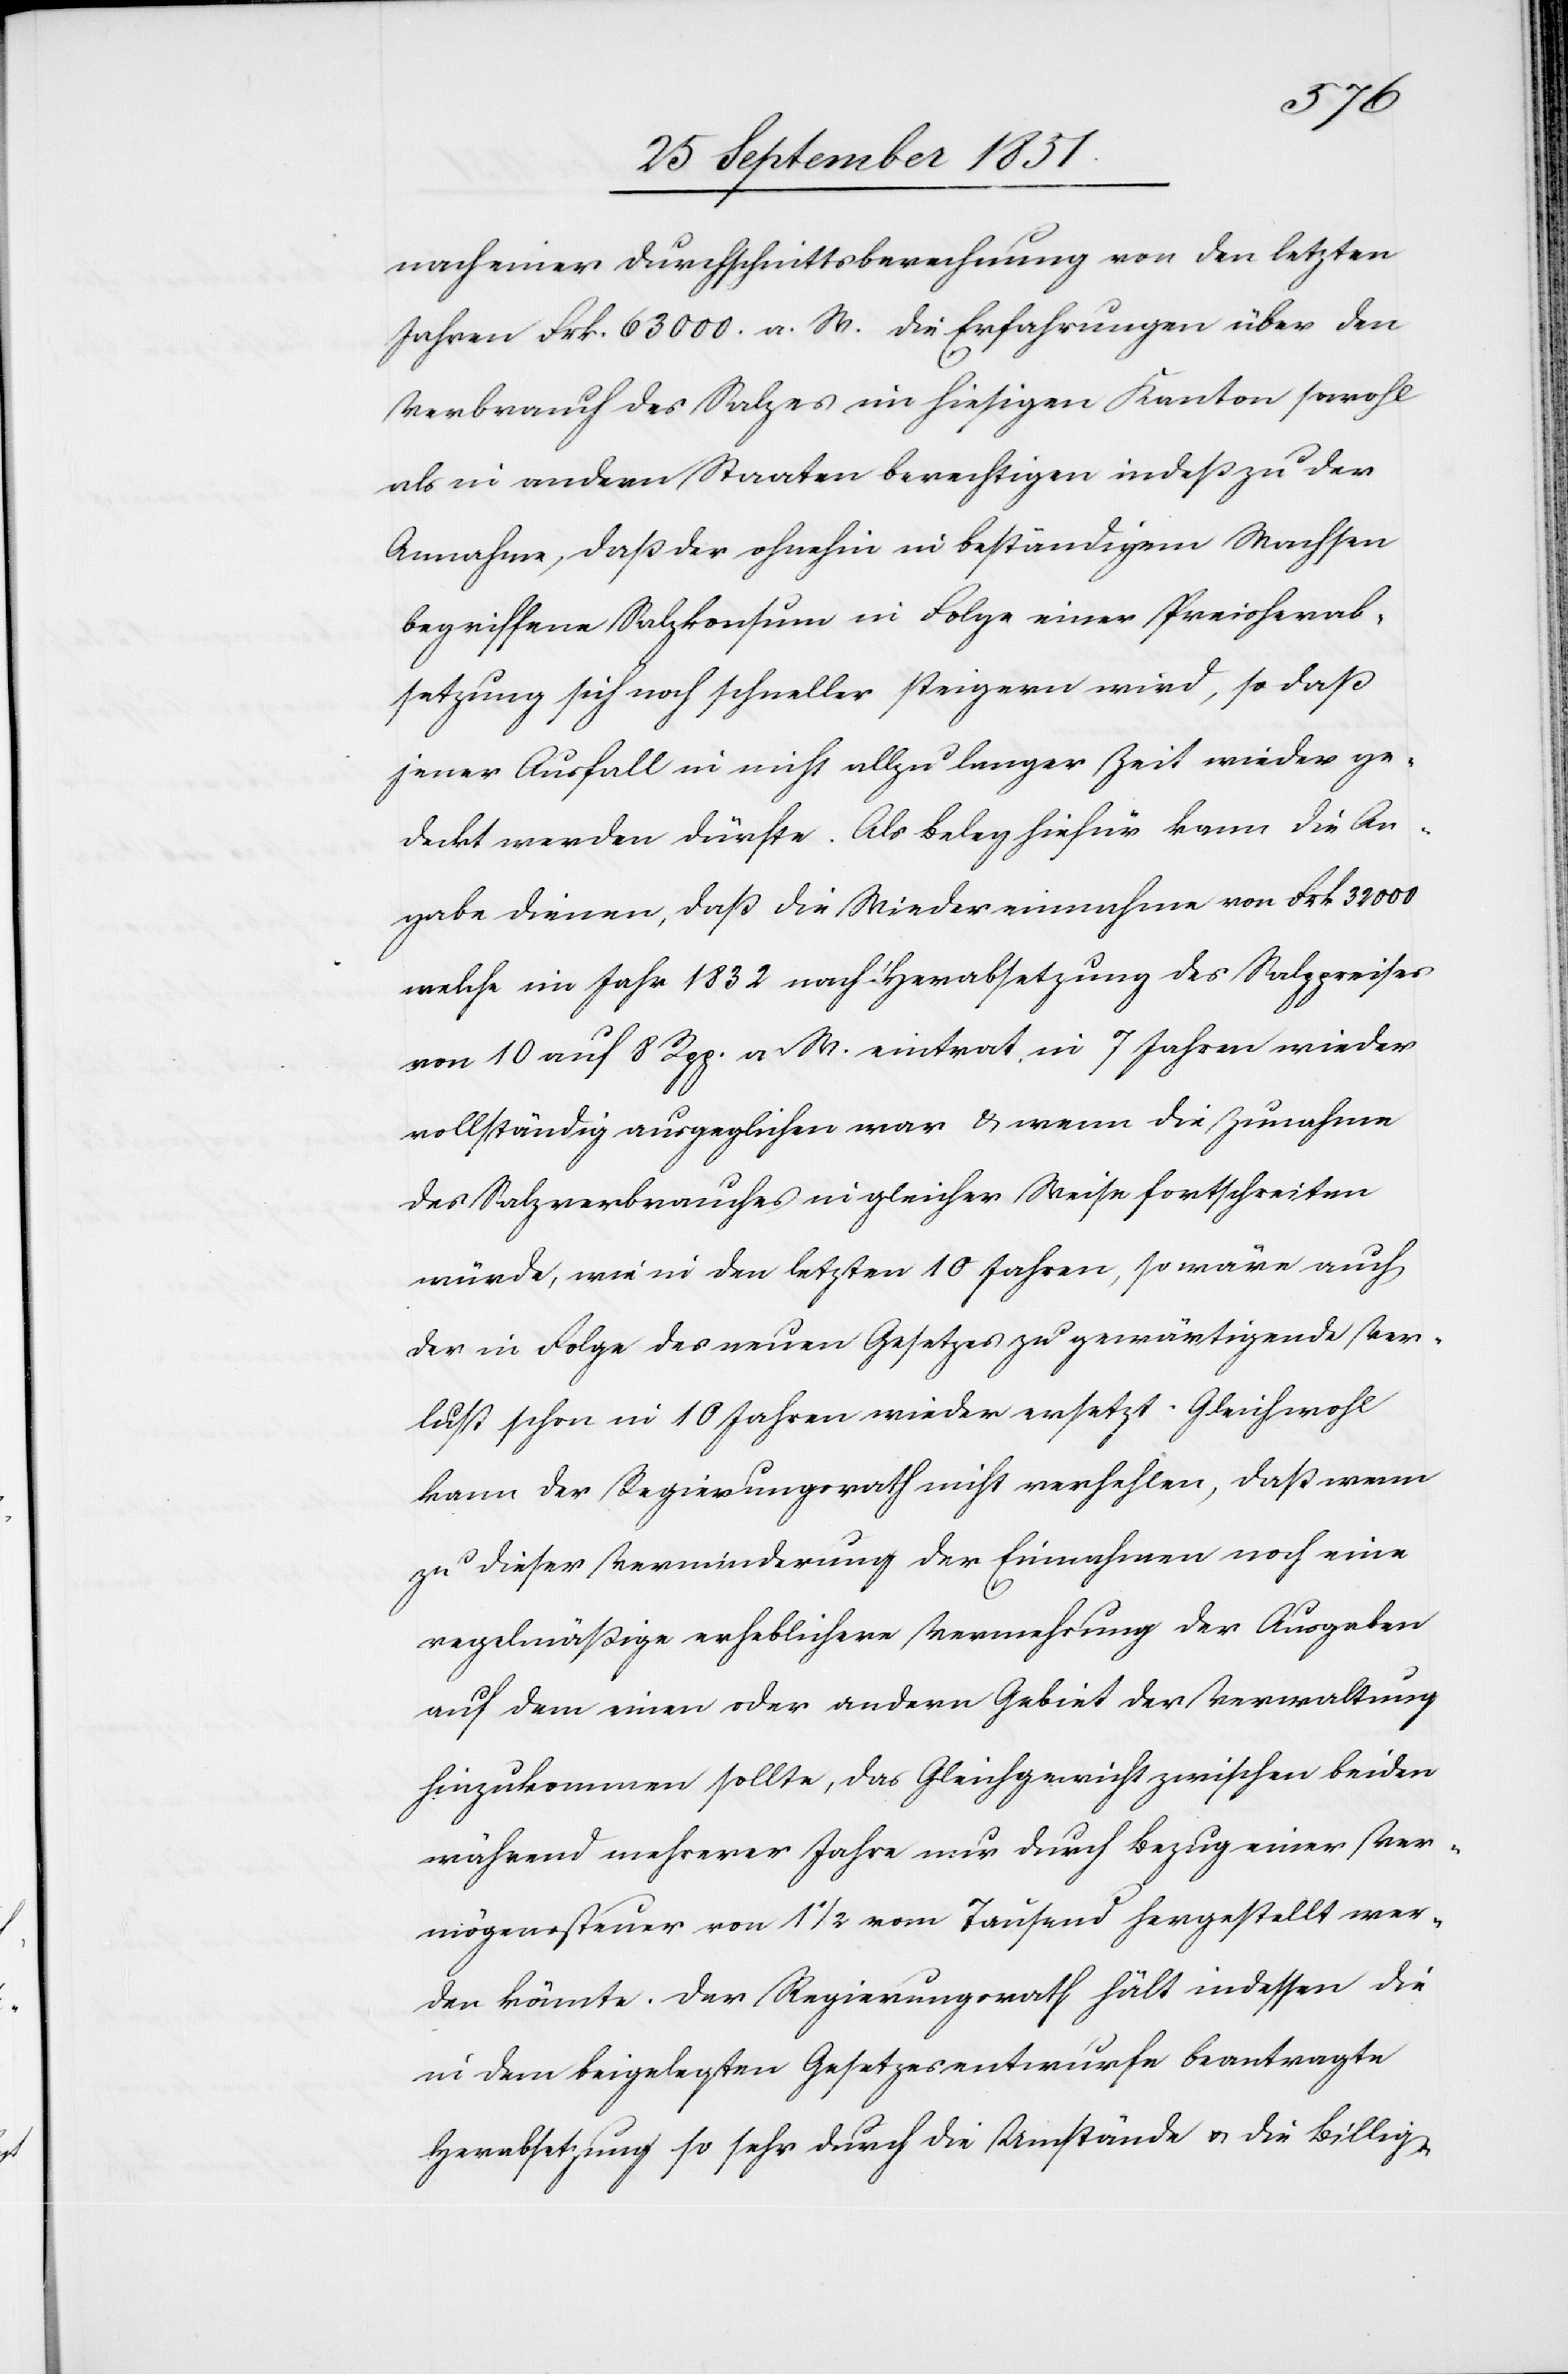
nach einer Durchschnittsberechnung von den letzten
Jahren Frk. 63 000. a. W. Die Erfahrungen über den
Verbrauch des Salzes im hiesigen Kanton sowohl
als in andern Staaten berechtigen indeß zu der
Annahme, daß der ohnehin in beständigem Wachsen
begriffene Salzkonsum in Folge einer Preisherab¬
setzung sich noch schneller steigern wird, so daß
jener Ausfall in nicht allzu langer Zeit wieder ge¬
deckt werden dürfte. Als Beleg hiefür kann die An¬
gabe dienen, daß die Wiedereinnahme von Frk 32 000
welche im Jahr 1832 nach Herabsetzung des Salzpreises
von 10 auf 8 Rpp. a. W. eintrat, in 7 Jahren wieder
vollständig ausgeglichen war & wenn die Zunahme
des Salzverbrauches in gleicher Weise fortschreiten
würde, wie in den letzten 10 Jahren, so wäre auch
der in Folge des neuen Gesetzes zu gewärtigende Ver¬
lust schon in 10 Jahren wieder ersetzt. Gleichwohl
kann der Regierungsrath nicht verhehlen, daß wenn
zu dieser Verminderung der Einnahmen noch eine
regelmäßige erheblichere Vermehrung der Ausgaben
auf dem einen oder andern Gebiet der Verwaltung
hinzukommen sollte, das Gleichgewicht zwischen beiden
während mehrerer Jahre nur durch Bezug einer Ver¬
mögenssteuer von 1 1/2 vom Tausend hergestellt wer¬
den könnte. Der Regierungsrath hält indessen die
in dem beigelegten Gesetzesentwurfe beantragte
Herabsetzung so sehr durch die Umstände & die Billig-